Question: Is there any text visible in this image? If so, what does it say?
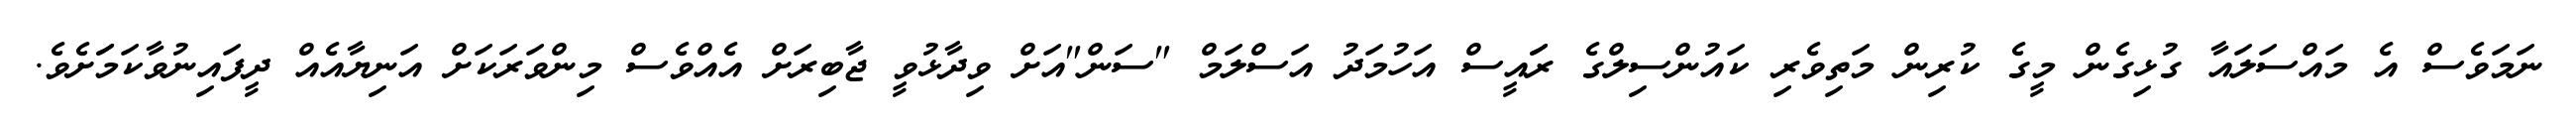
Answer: ނަމަވެސް އެ މައްސަލައާ ގުޅިގެން މީގެ ކުރިން މަތިވެރި ކައުންސިލްގެ ރަައީސް އަހުމަދު އަސްލަމް "ސަން"އަށް ވިދާޅުވީ ޖާބިރަށް އެއްވެސް މިންވަރަކަށް އަނިޔާއެއް ދީފައިނުވާކަމަަށެވެ.